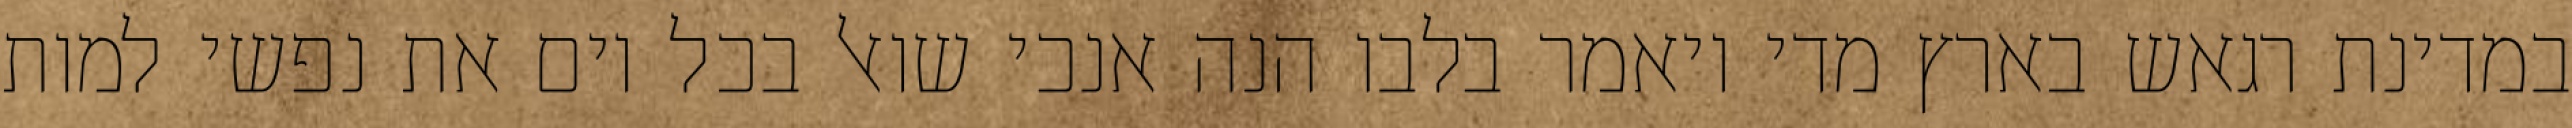
במדינת רגאש בארץ מדי ויאמר בלבו הנה אנכי שואל בכל יום את נפשי למות